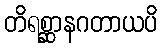
တိရစ္ဆာနဂတာယပိ